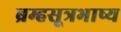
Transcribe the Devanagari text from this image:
ब्रम्हसूत्रभाष्य